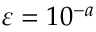
\varepsilon = 1 0 ^ { - a }